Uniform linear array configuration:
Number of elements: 24
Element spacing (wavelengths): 0.5
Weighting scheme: hann
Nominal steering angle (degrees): -60
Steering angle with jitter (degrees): -61.827
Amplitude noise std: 0.05
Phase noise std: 0.05

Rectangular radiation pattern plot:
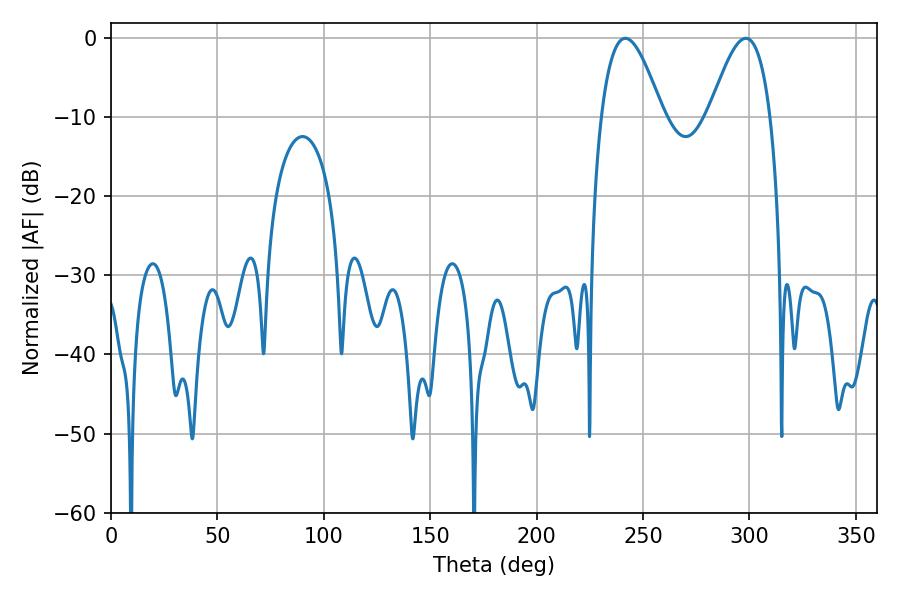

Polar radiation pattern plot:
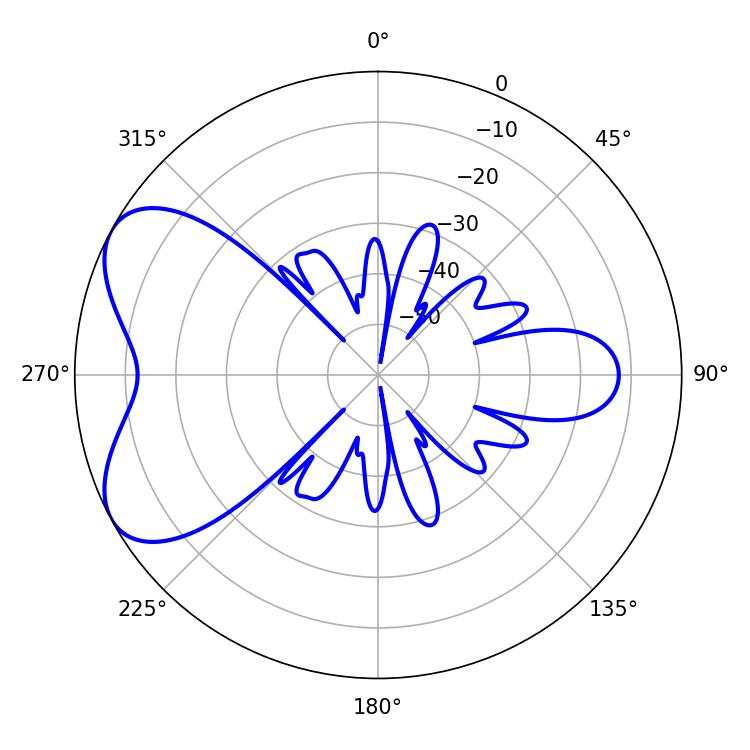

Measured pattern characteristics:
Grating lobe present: FALSE
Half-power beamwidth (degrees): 15.66
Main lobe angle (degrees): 241.74